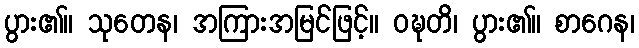
ပွား၏။ သုတေန၊ အကြားအမြင်ဖြင့်။ ဝဍ္ဎတိ၊ ပွား၏။ စာဂေန၊